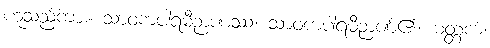
ဟူသည်ကား။ သာဝကပါရမီဉာဏဿ၊ သာဝကပါရမီဉာဏ်၏။ မတ္တကံ၊